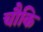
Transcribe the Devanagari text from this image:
चौकि